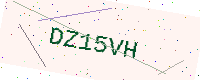
Text: DZ15VH